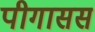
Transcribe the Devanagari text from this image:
पीगासस